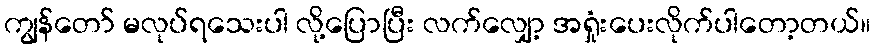
ကျွန်တော် မလုပ်ရသေးပါ လို့ပြောပြီး လက်လျှော့ အရှုံးပေးလိုက်ပါတော့တယ်။